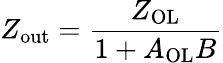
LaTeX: Z_{\mathrm{out}}={\frac{Z_{\mathrm{OL}}}{1+A_{\mathrm{OL}}B}}